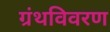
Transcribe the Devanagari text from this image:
ग्रंथविवरण